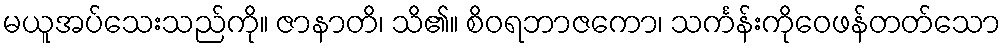
မယူအပ်သေးသည်ကို။ ဇာနာတိ၊ သိ၏။ စိဝရဘာဇကော၊ သင်္ကန်းကိုဝေဖန်တတ်သော